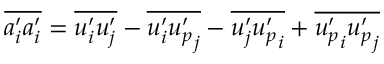
\overline { { a _ { i } ^ { \prime } a _ { i } ^ { \prime } } } = \overline { { u _ { i } ^ { \prime } u _ { j } ^ { \prime } } } - \overline { { u _ { i } ^ { \prime } { u _ { p } ^ { \prime } } _ { j } } } - \overline { { u _ { j } ^ { \prime } { u _ { p } ^ { \prime } } _ { i } } } + \overline { { { u _ { p } ^ { \prime } } _ { i } { u _ { p } ^ { \prime } } _ { j } } }